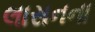
લાસનના